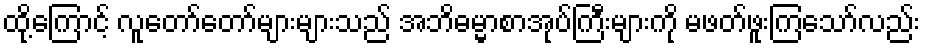
ထို့ကြောင့် လူတော်တော်များများသည် အဘိဓမ္မာစာအုပ်ကြီးများကို မဖတ်ဖူးကြသော်လည်း